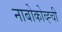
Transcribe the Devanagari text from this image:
नाबोकोव्ह्ची